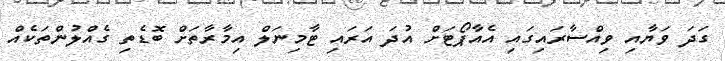
ގަދަ ވަޔާއި ވިއްސާރައިގައި އެއާޕޯޓަށް އުދަ އަރައި ޓާމިނަލް އިމާރާތަށް ބޮޑެތި ގެއްލުންތަކެއް